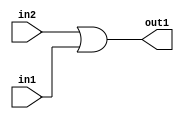
`timescale 1ps / 1ps
/*****************************************************************************
    Verilog RTL Description
    
    
    Created by: Stratus DpOpt 2019.1.01 
*******************************************************************************/

module bn_addr_gen_Or_1U_2_4 (
	in2,
	in1,
	out1
	); /* architecture "behavioural" */ 
input  in2,
	in1;
output  out1;
wire  asc001;

assign asc001 = 
	(in2)
	|(in1);

assign out1 = asc001;
endmodule

/* CADENCE  urbxSw8= : u9/ySgnWtBlWxVPRXgAZ4Og= ** DO NOT EDIT THIS LINE ******/